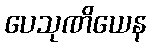
ပေသုဏိယေန